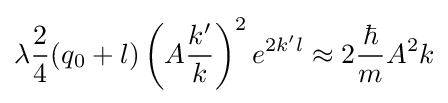
\lambda {\frac {2}{4}}(q_{0}+l)\left(A{\frac {k'}{k}}\right)^{2}e^{2k'l}\approx 2{\frac {\hbar }{m}}A^{2}k